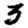
Digit: 3